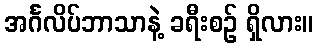
အင်္ဂလိပ်ဘာသာနဲ့ ခရီးစဉ် ရှိလား။